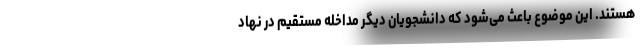
هستند. این موضوع باعث می‌شود که دانشجویان دیگر مداخله مستقیم در نهاد